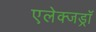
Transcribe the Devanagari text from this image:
एलेक्जड्राॅ